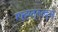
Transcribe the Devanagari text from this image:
ग्फ्ह्य्त्रुत्द्स